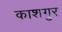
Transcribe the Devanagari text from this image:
काशगुर